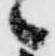
々